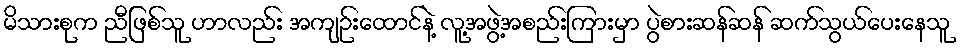
မိသားစုက ညီဖြစ်သူ ဟာလည်း အကျဉ်းထောင်နဲ့ လူ့အဖွဲ့အစည်းကြားမှာ ပွဲစားဆန်ဆန် ဆက်သွယ်ပေးနေသူ